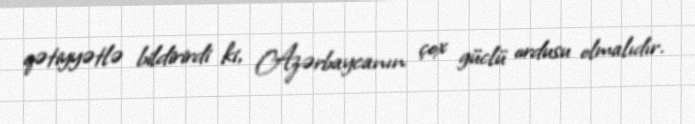
qətiyyətlə bildirirdi ki, Azərbaycanın çox güclü ordusu olmalıdır.